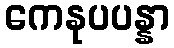
ကေနုပပန္နာ